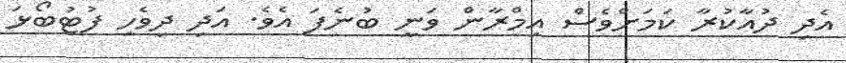
އެދި ދުއާކުރާ ކަމަށްވެސް އިމްރާން ވަނީ ބުނެފަ އެވެ. އަދި ދިވެހި ފުޓުބޯޅަ